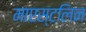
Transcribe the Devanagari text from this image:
माएस्टलिन